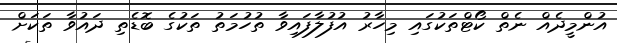
އުންމީދެއް ނެތް ކޯޓްތަކުގައި މިހާރު އުފުލާފައިވާ ތުހުމަތު ތަކުގެ ބޮޑެތި ދައުވާ ތަކަށް